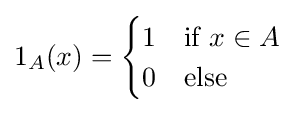
1_{A}(x)={\begin{cases}1&{\text{if }}x\in A\\0&{\text{else}}\end{cases}}